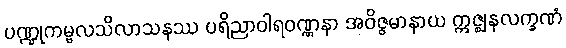
ပဏ္ဍုကမ္ဗလသိလာသနဿ ပရိညာဝါရဝဏ္ဏနာ အဝိဇ္ဇမာနာယ ဣဇ္ဈနလက္ခဏံ